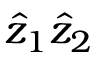
\hat { z } _ { 1 } \hat { z } _ { 2 }